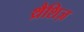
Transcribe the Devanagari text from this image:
थ्रैशिज़